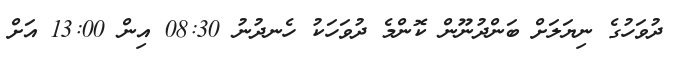
ދުވަހުގެ ނިޔަލަށް ބަންދުނޫން ކޮންމެ ދުވަހަކު ހެނދުނު 08:30 އިން 13:00 އަށް